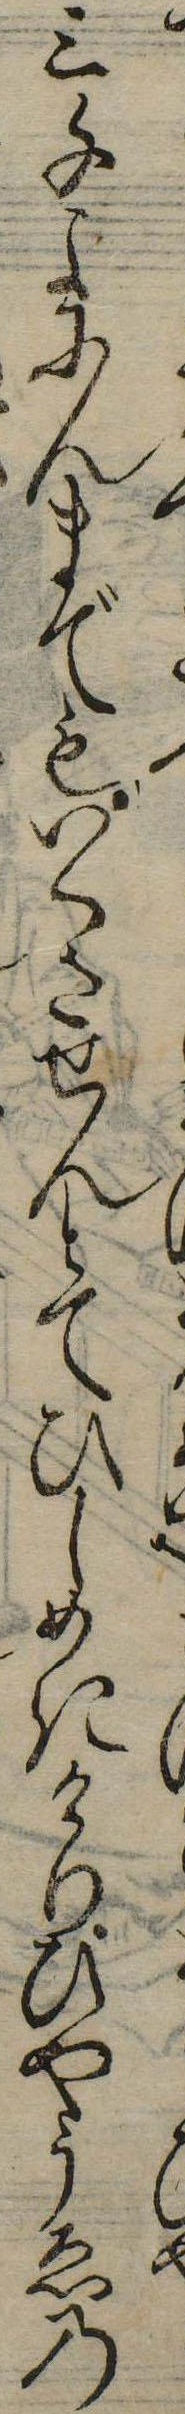
三千よにんまでもいくさせんとてひしめきけりひやうゑの